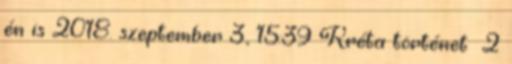
én is 2018. szeptember 3., 15:39 ‎Kréta történet ‎ 2